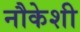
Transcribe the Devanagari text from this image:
नौकेशी